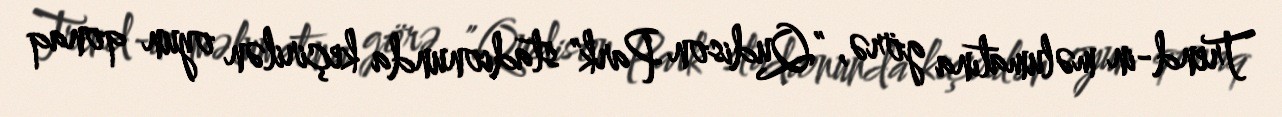
Trend-in məlumatına görə, "Qudison Park" stadionunda keçirilən oyun qonaq